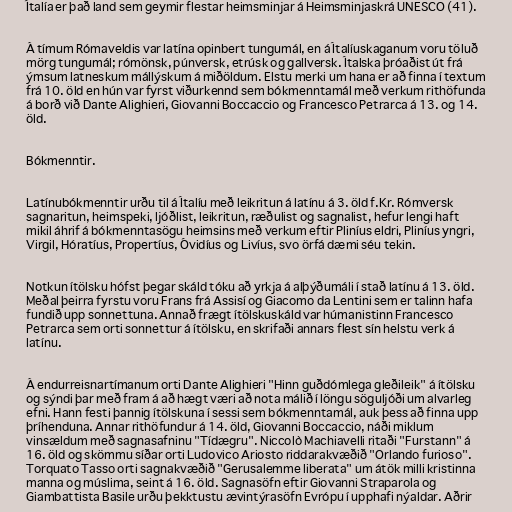
Ítalía er það land sem geymir flestar heimsminjar á Heimsminjaskrá UNESCO (41).

Á tímum Rómaveldis var latína opinbert tungumál, en á Ítalíuskaganum voru töluð
mörg tungumál; rómönsk, púnversk, etrúsk og gallversk. Ítalska þróaðist út frá
ýmsum latneskum mállýskum á miðöldum. Elstu merki um hana er að finna í textum
frá 10. öld en hún var fyrst viðurkennd sem bókmenntamál með verkum rithöfunda
á borð við Dante Alighieri, Giovanni Boccaccio og Francesco Petrarca á 13. og 14.
öld.

Bókmenntir.

Latínubókmenntir urðu til á Ítalíu með leikritun á latínu á 3. öld f.Kr. Rómversk
sagnaritun, heimspeki, ljóðlist, leikritun, ræðulist og sagnalist, hefur lengi haft
mikil áhrif á bókmenntasögu heimsins með verkum eftir Pliníus eldri, Pliníus yngri,
Virgil, Hóratíus, Propertíus, Óvidíus og Livíus, svo örfá dæmi séu tekin.

Notkun ítölsku hófst þegar skáld tóku að yrkja á alþýðumáli í stað latínu á 13. öld.
Meðal þeirra fyrstu voru Frans frá Assisí og Giacomo da Lentini sem er talinn hafa
fundið upp sonnettuna. Annað frægt ítölskuskáld var húmanistinn Francesco
Petrarca sem orti sonnettur á ítölsku, en skrifaði annars flest sín helstu verk á
latínu.

Á endurreisnartímanum orti Dante Alighieri "Hinn guðdómlega gleðileik" á ítölsku
og sýndi þar með fram á að hægt væri að nota málið í löngu söguljóði um alvarleg
efni. Hann festi þannig ítölskuna í sessi sem bókmenntamál, auk þess að finna upp
þríhenduna. Annar rithöfundur á 14. öld, Giovanni Boccaccio, náði miklum
vinsældum með sagnasafninu "Tídægru". Niccolò Machiavelli ritaði "Furstann" á
16. öld og skömmu síðar orti Ludovico Ariosto riddarakvæðið "Orlando furioso".
Torquato Tasso orti sagnakvæðið "Gerusalemme liberata" um átök milli kristinna
manna og múslima, seint á 16. öld. Sagnasöfn eftir Giovanni Straparola og
Giambattista Basile urðu þekktustu ævintýrasöfn Evrópu í upphafi nýaldar. Aðrir